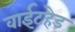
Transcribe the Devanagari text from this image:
वाईटहेड